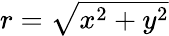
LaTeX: \begin{array}{r}{r=\sqrt{x^{2}+y^{2}}}\end{array}